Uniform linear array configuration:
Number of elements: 16
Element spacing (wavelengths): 0.5
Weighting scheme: kaiser
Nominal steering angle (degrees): -15
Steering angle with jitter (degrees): -16.348
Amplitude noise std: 0.05
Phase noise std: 0.05

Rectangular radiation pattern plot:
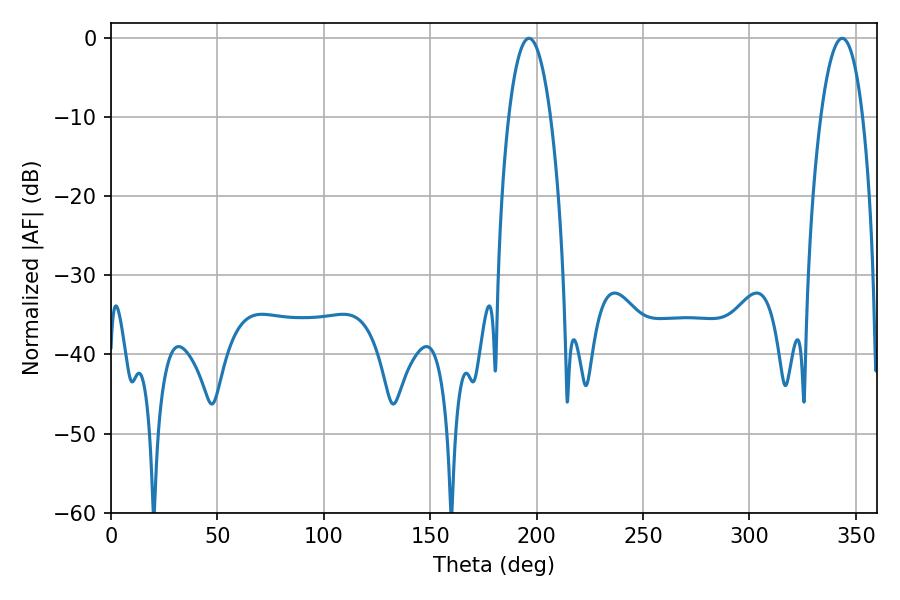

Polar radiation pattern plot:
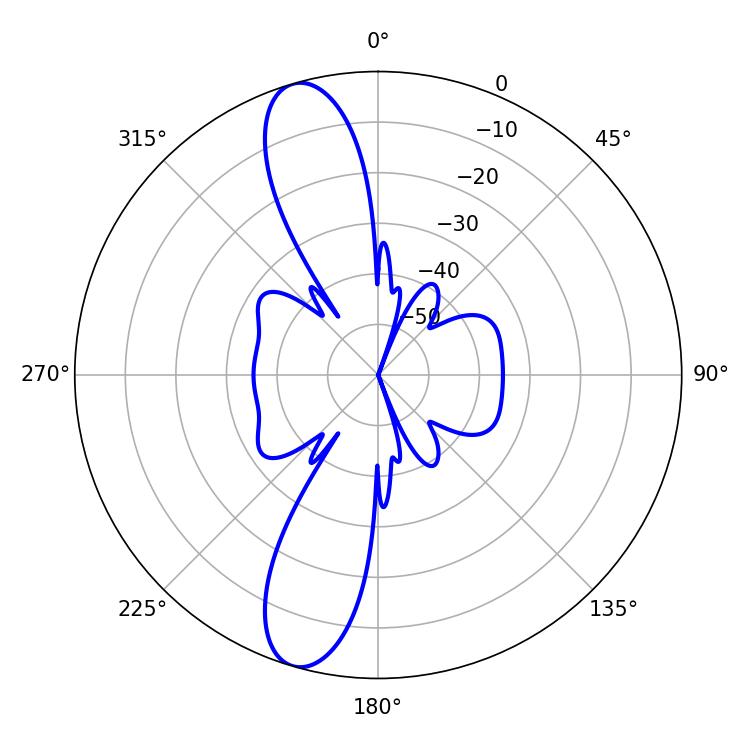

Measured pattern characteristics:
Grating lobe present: FALSE
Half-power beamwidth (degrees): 10.98
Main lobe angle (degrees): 196.38